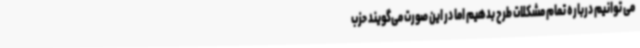
می توانیم درباره تمام مشکلات طرح بدهیم اما در این صورت می‌گویند حزب